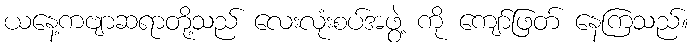
ယနေ့ကဗျာဆရာတို့သည် လေးလုံးစပ်အဖွဲ့ ကို ကျော်ဖြတ် နေကြသည်။